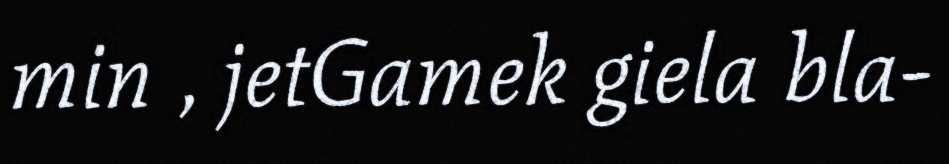
min , jetGamek giela bla-